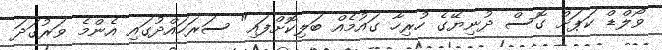
ވޯލްޑް ކަޕަށް ގޮސް ދުނިޔޭގެ ހުރިހާ ގައުމެއް ބަލިކޮށްފައި" ސަރަހައްދުގައި އެންމެ ވަރުގަދަ